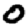
Digit: 0